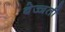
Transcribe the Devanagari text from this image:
बेज्जती